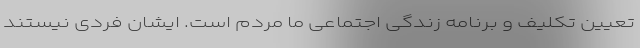
تعیین تکلیف و برنامه زندگی اجتماعی ما مردم است. ایشان فردی نیستند